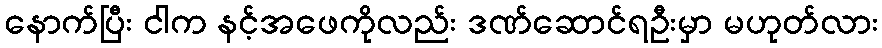
နောက်ပြီး ငါက နင့်အဖေကိုလည်း ဒဏ်ဆောင်ရဦးမှာ မဟုတ်လား